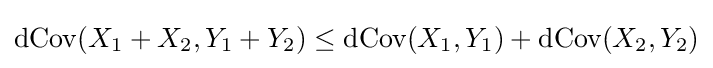
\operatorname {dCov} (X_{1}+X_{2},Y_{1}+Y_{2})\leq \operatorname {dCov} (X_{1},Y_{1})+\operatorname {dCov} (X_{2},Y_{2})